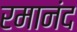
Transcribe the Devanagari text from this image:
रमानंद